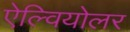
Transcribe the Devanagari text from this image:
ऐल्वियोलर